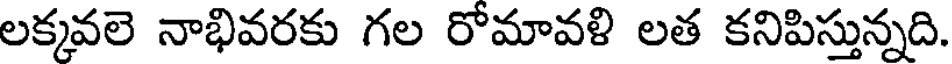
లక్కవలె నాభివరకు గల రోమావళి లత కనిపిస్తున్నది.